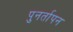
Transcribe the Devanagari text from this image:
पुनर्तापन